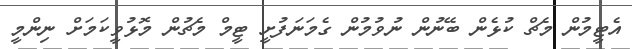
އެޓީމުން މެޗް ކުޅެން ބޭނުން ނުވުމުން ގެމަނަފުށީ ޓީމް މެޗުން މޮޅުވީކަމަށް ނިންމީ